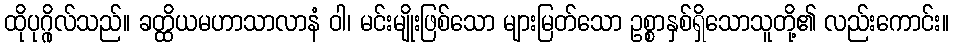
ထိုပုဂ္ဂိုလ်သည်။ ခတ္ထိယမဟာသာလာနံ ဝါ၊ မင်းမျိုးဖြစ်သော များမြတ်သော ဥစ္စာနှစ်ရှိသောသူတို့၏ လည်းကောင်း။